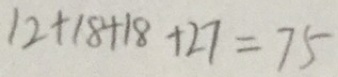
1 2 + 1 8 + 1 8 + 2 7 = 7 5